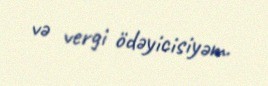
və vergi ödəyicisiyəm.